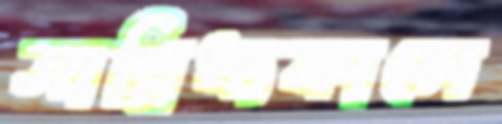
সান্নিধ্যকালে